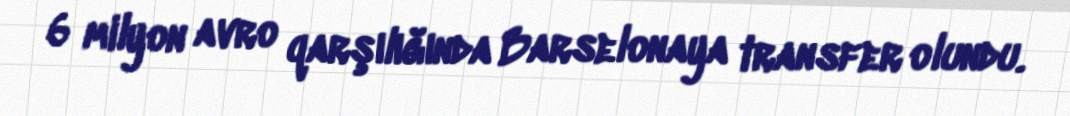
6 milyon avro qarşılığında Barselonaya transfer olundu.